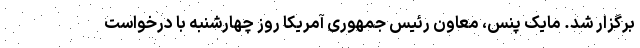
برگزار شد. مایک پنس، معاون رئیس جمهوری آمریکا روز چهارشنبه با درخواست